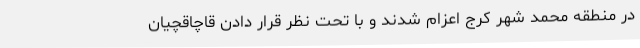
در منطقه محمد شهر کرج اعزام شدند و با تحت نظر قرار دادن قاچاقچیان